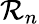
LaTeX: \mathcal{R}_{n}